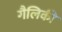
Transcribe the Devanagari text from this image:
गैलिकी